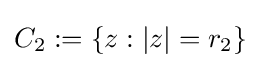
C_{2}:=\{z:|z|=r_{2}\}